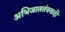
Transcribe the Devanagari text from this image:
अभिजाततंत्रवादी